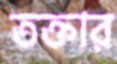
তক্তার